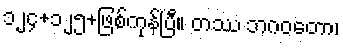
၁၂၄+၁၂၅+ဖြစ်ကုန်ပြီ။ တဿ ဘဂဝတော၊